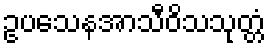
ဥပသေနအာသီဝိသသုတ္တံ